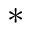
\ast